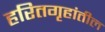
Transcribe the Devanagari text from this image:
हरितगृहांतील